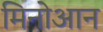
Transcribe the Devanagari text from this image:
मिनोआन